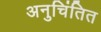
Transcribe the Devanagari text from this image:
अनुचिंतित